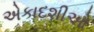
એકાદશીઓ